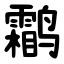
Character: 鹴